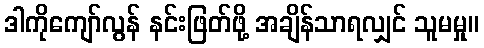
ဒါကိုကျော်လွန် နင်းဖြတ်ဖို့ အချိန်သာရလျှင် သူမမှု။